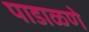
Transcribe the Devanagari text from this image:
पाडाळणे